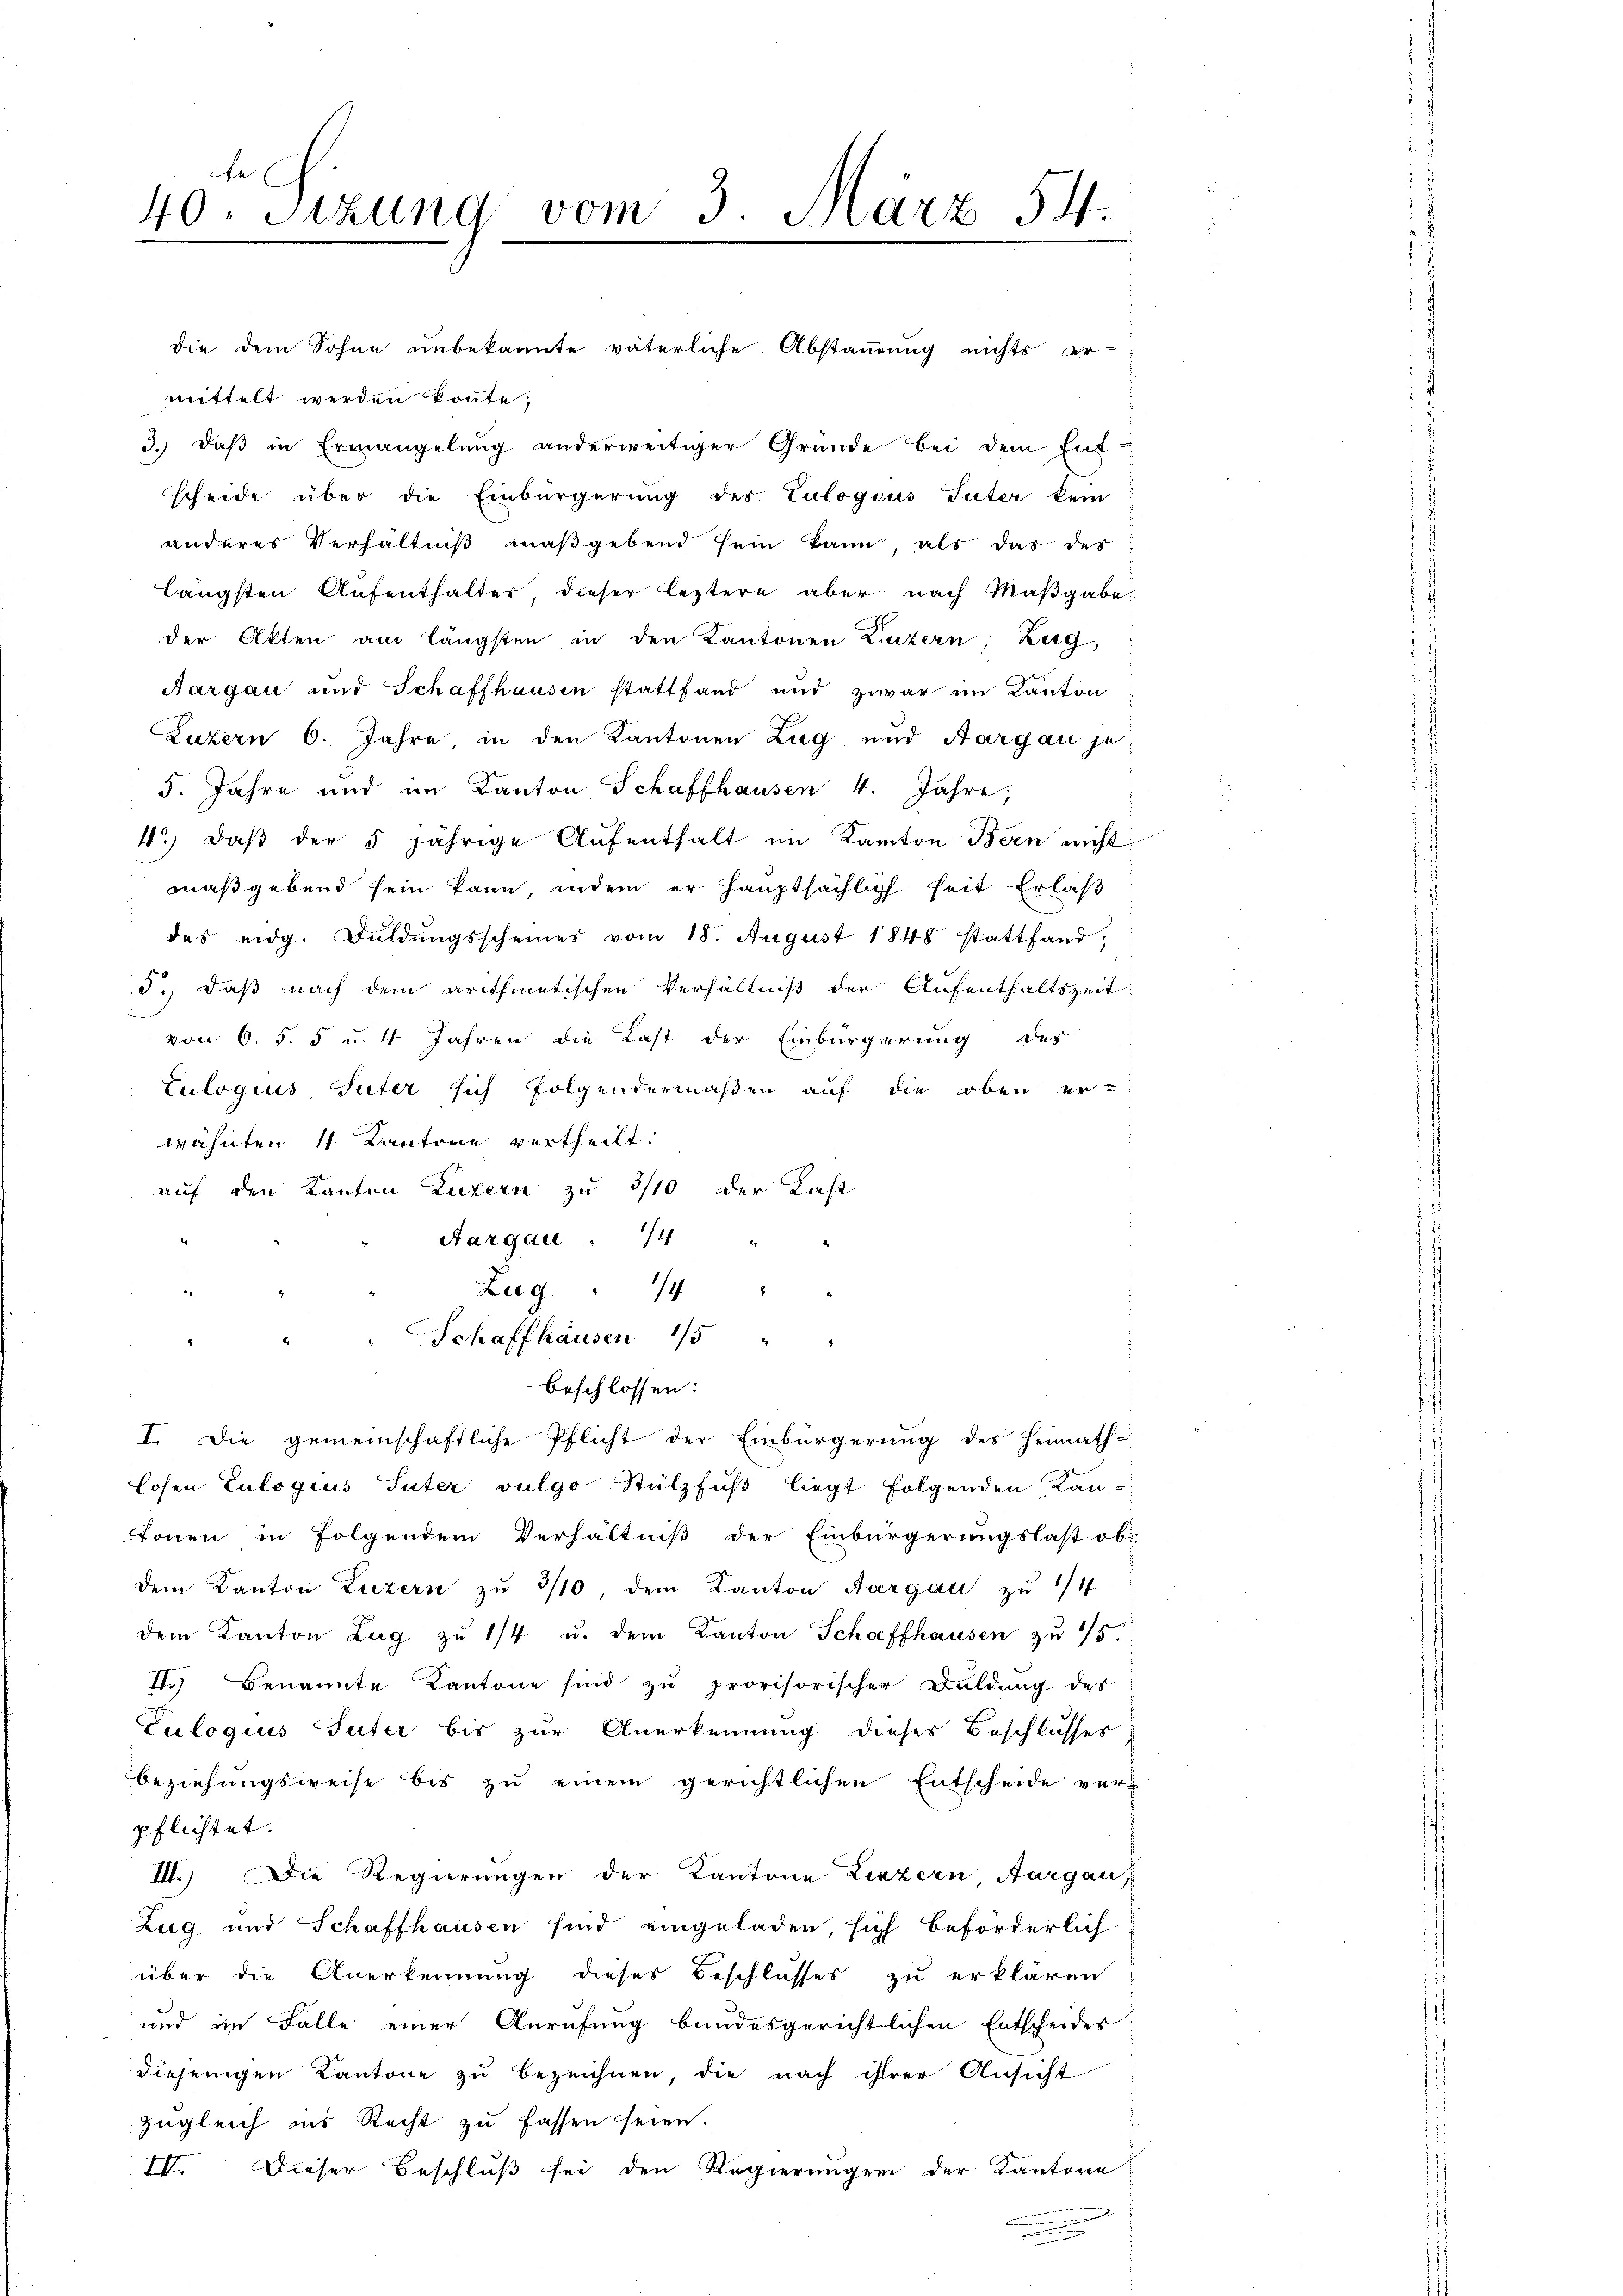
40 Sizung vom 3. März 54.
5

die dem Sohne unbekannte väterliche Abstammung nichts er-
mittelt werden konnte,
3. daβ in Ermangelŭng anderweitiger Gründe bei dem Ent-
scheide über die Einbürgerung des Culogius Suter kein
anderes Verhältniß maßgebend sein kann, als das der
längsten Aufenthalter dieser leztere aber nach Maßgabe
der Akten am längsten in den Kantonen Luzern, Zug,
Aargau und Schaffhausen stattfand und zwar im Kanton
Luzern 6. Jahre in den Kantonen Zug und Aargau je¬
5. Jahre und im Kanton Schaffhausen 4. Jahre,
4.) daβ der 5 jährige Aŭfenthalt im Kanton Bern nicht
maßgebend sein kann, indem er hauptsächlich seit Erlaß
des eidg. Fuldŭngsscheines vom 18. August 1848 stattfand,
5.) Daß nach dem arithmetischen Verhältniß der Aufenthaltszeit
von O. S. 5 u. 4 Jahren die Last der Einbürgerung des
Culogius, Suter sich folgendermaßen auf die oben er-
wähnten 4 Kantone vertheilt.
auf den Kanton Luzern zu 3/10 der Last
er
Aargare : 14 "
Zug " 14 "
Schaffhausen 15 "
beschlossen:
I. Die gemeinschaftliche Pflicht der Einbürgerung des Heimath-
losen Culogius Suter vulgo Stülzfuß liegt folgenden Kan-
tonen in folgendem Verhältniß der Einbürgerungslast ob:
dem Kanton Luzern zŭ 3/10, dem Kanton Aargau zŭ 1/4
dem Kanton Zŭg zŭ 1/4 u. dem Kanton Schaffhausen zŭ 75.
4.) Benannte Kantone sind zŭ provisorischer Duldung des
Culogius Suter bis zur Anerkennung dieses Beschlusses
Beziehungsweise bis zu einem gerichtlichen Entscheide ver-
pflichtet.
III) Die Regierungen der Kantone Liezern Aargau,
Zug und Schaffhausen sind eingeladen, sich beförderlich
über die Anerkennung dieses Beschlusses zu erklären
und im Falle einer Anrufung bundesgerichtlichen Entscheides
diejenigen Kantone zu bezeichnen, die nach ihrer Ansicht
Zugleich ins Recht zu fassen seien.
IV. Dieser Beschluß sei den Regierungen der Kantone